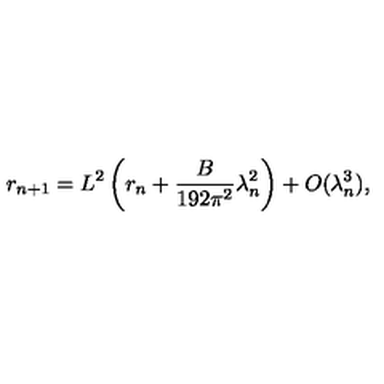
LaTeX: r _ { n + 1 } = L ^ { 2 } \left( r _ { n } + \frac { B } { 1 9 2 \pi ^ { 2 } } \lambda _ { n } ^ { 2 } \right) + O ( \lambda _ { n } ^ { 3 } ) ,